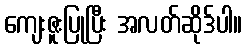
ကျေးဇူးပြုပြီး အလတ်ဆိုဒ်ပါ။